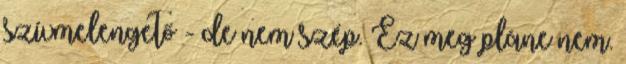
szívmelengető - de nem szép. Ez meg pláne nem.